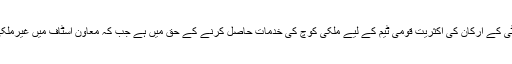
ذرائع کے مطابق کمیٹی کے ارکان کی اکثریت قومی ٹیم کے لیے ملکی کوچ کی خدمات حاصل کرنے کے حق میں ہے جب کہ معاون اسٹاف میں غیرملکی شامل ہو سکتے ہیں۔